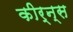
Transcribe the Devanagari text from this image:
कीर्न्स